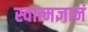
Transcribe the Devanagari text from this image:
स्वात्मज्ञानं